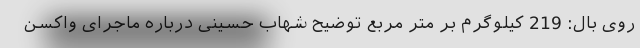
روی بال: 219 کیلوگرم بر متر مربع توضیح شهاب حسینی درباره ماجرای واکسن